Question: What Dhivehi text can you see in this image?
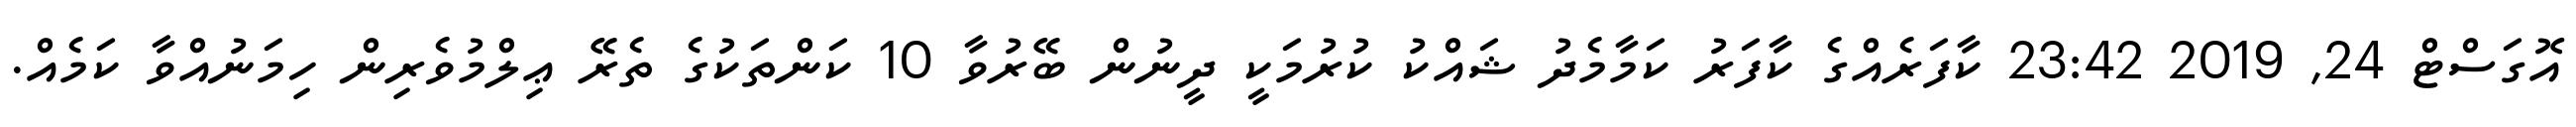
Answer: އޮގަސްޓް 24, 2019 23:42 ކާފަރެއްގެ ކާފަރު ކަމާމެދު ޝައްކު ކުރުމަކީ ދީނުން ބޭރުވާ 10 ކަންތަކުގެ ތެރޭ ޢިލްމުވެރިން ހިމަނުއްވާ ކަމެއް.